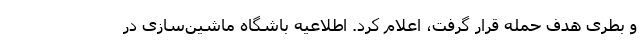
و بطری هدف حمله قرار گرفت، اعلام کرد. اطلاعیه باشگاه ماشین‌سازی در